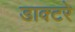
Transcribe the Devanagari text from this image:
डाक्टरे